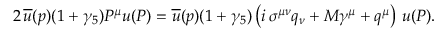
2 \, \overline { { { u } } } ( p ) ( 1 + \gamma _ { 5 } ) P ^ { \mu } u ( P ) = \overline { { { u } } } ( p ) ( 1 + \gamma _ { 5 } ) \left( i \, \sigma ^ { \mu \nu } q _ { \nu } + M \gamma ^ { \mu } + q ^ { \mu } \right) \, u ( P ) .